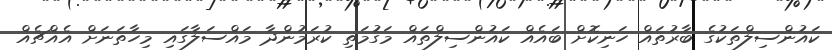
ކައުންސިލްތަކުގެ ބާރުތައް ހަނިކޮށް ބައެއް ކައުންސިލްތައް މަގުމަތި ކުރަމުންދާ މައްސަލާގައި މިހާތަނަށް އެއްޗެއް